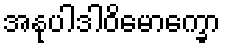
အနုပါဒါဝိမောက္ခော